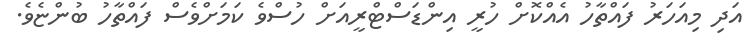
އަދި މިއަހަރު ފައްތާހު އެއްކޮށް ހުރީ އިންޑަސްޓްރީއަށް ހުސްވެ ކަމަށްވެސް ފައްތާހު ބުންޏެވެ.